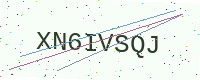
Text: XN6IVSQJ